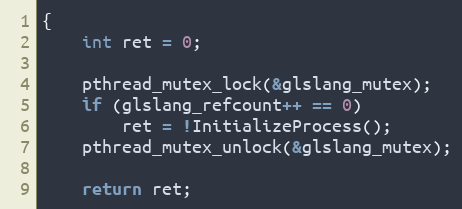
Language: C++
{
    int ret = 0;

    pthread_mutex_lock(&glslang_mutex);
    if (glslang_refcount++ == 0)
        ret = !InitializeProcess();
    pthread_mutex_unlock(&glslang_mutex);

    return ret;